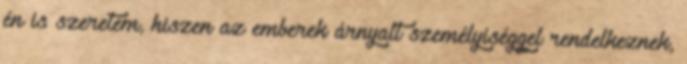
én is szeretem, hiszen az emberek árnyalt személyiséggel rendelkeznek,